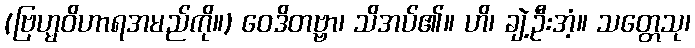
(ဗြဟ္မဝိဟာရအမည်ကို။) ဝေဒိတဗ္ဗာ၊ သိအပ်၏။ ဟိ၊ ချဲ့ဦးအံ့။ သတ္တေသု၊